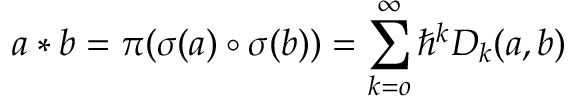
a \ast b = \pi ( \sigma ( a ) \circ \sigma ( b ) ) = \sum _ { k = o } ^ { \infty } \hbar ^ { k } D _ { k } ( a , b ) \,